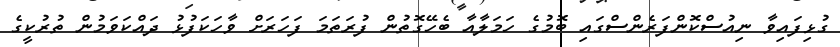
ގުޅިފައިވާ ނިއުސްކޮންފަރެންސްގައި ބޮމުގެ ހަމަލާއާ ބެހޭގޮތުން ފުރަތަމަ ފަހަރަށް ވާހަކަފުޅު ދައްކަވަމުން ތުރުކީގެ